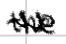
Text: the
Cross-out: zig-zag
Writing tool: digital_black